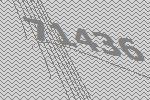
71436